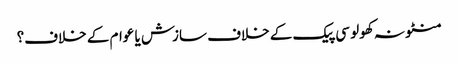
منٹو نہ کھولو	سی پیک کے خلاف سازش یا عوام کے خلاف؟